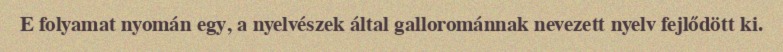
E folyamat nyomán egy, a nyelvészek által gallorománnak nevezett nyelv fejlődött ki.